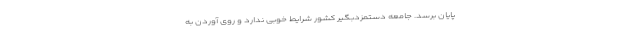
پایان برسد. جامعه دستمزدبگیر کشور شرایط خوبی ندارد و روی آوردن به